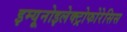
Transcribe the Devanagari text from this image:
इम्यूनोइलेक्ट्रोफोरेसिस